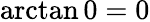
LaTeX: \arctan 0=0